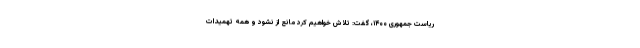
ریاست جمهوری ۱۴۰۰، گفت: تلاش خواهیم کرد مانع از نشود و همه تهمیدات